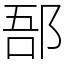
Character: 郚